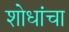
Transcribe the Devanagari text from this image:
शोधांचा